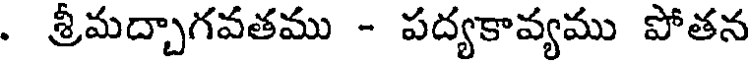
. శ్రీమద్చాగవతము - పద్యకావ్యము పోతన